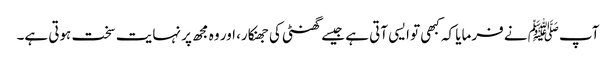
آپﷺ نے فرمایا کہ کبھی تو ایسی آتی ہے جیسے گھنٹی کی جھنکار، اور وہ مجھ پر نہایت سخت ہوتی ہے۔